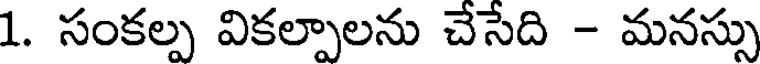
1. సంకల్ప వికల్పాలను చేసేది - మనస్సు